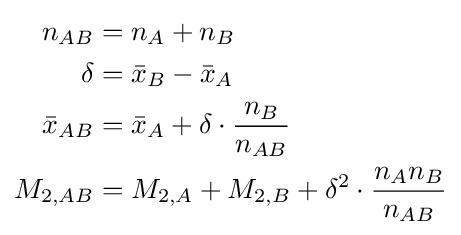
{\begin{aligned}n_{AB}&=n_{A}+n_{B}\\\delta &={\bar {x}}_{B}-{\bar {x}}_{A}\\{\bar {x}}_{AB}&={\bar {x}}_{A}+\delta \cdot {\frac {n_{B}}{n_{AB}}}\\M_{2,AB}&=M_{2,A}+M_{2,B}+\delta ^{2}\cdot {\frac {n_{A}n_{B}}{n_{AB}}}\\\end{aligned}}